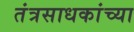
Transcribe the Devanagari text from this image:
तंत्रसाधकांच्या